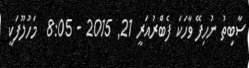
ސާބިތު ނުހިފޭ ވާހަކަ ފެބްރުއަރީ 21